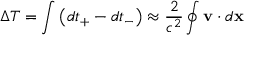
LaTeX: \Delta T = \int \left( d t _ { + } - d t _ { - } \right) \approx { \frac { 2 } { c ^ { 2 } } } \oint \mathbf { v } \cdot d \mathbf { x }